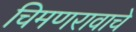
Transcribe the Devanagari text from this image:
चिमणरावाचे